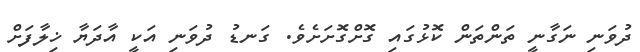
ދުވަނި ނަގާނީ ތަންތަން ކޮޅުގައި ގޮށްގޮށަށެވެ. ގަނޑު ދުވަނި އަކީ އާދަޔާ ޚިލާފަށް